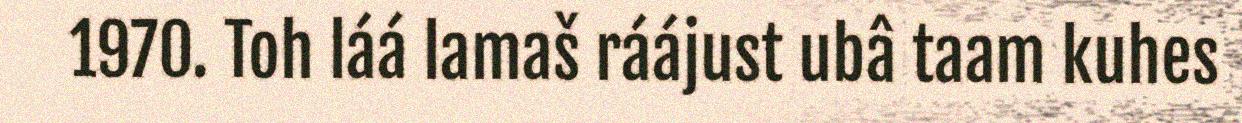
1970. Toh láá lamaš ráájust ubâ taam kuhes